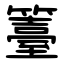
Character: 籉